Philaematomyia insignis, Austen - Number 54
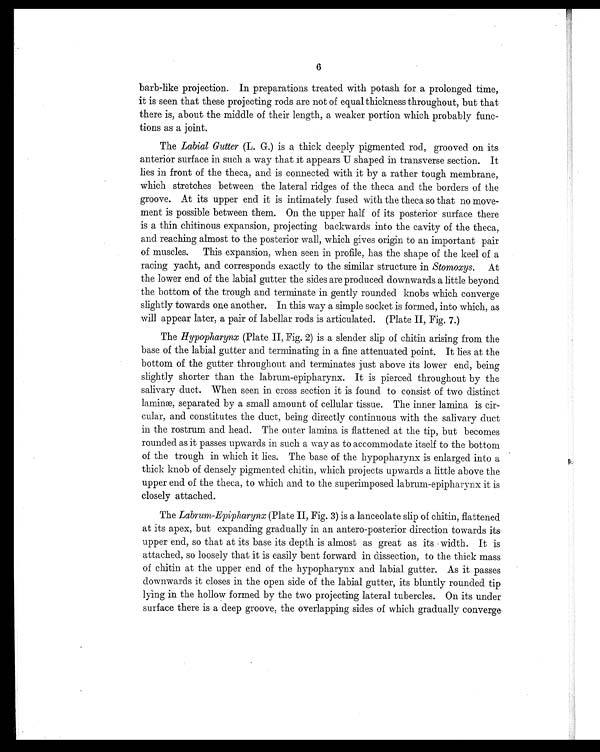
.
6
barb-like projection. In preparations treated with potash for a prolonged time,
it is seen that these projecting rods are not of equal thickness throughout, but that
there is, about the middle of their length, a weaker portion which probably func
tions as a joint.
The Labial Gutter (L. G.) is a thick deeply pigmented rod, grooved on its
anterior surface in such a way that it appears U shaped in transverse section. It
lies in front of the theca, and is connected with it by a rather tough membrane,
which stretches between the lateral ridges of the theca and the borders of the
groove. At its upper end it is intimately fused with the theca so that no move
- m e n t i s p o s s i b l e b e t w e e n t h e m . O n t h e u p p e r h a l f o f i t s p o s t e r i o r s u r f a c e t h e r e
is a thin chitinous expansion, projecting backwards into the cavity of the theca,
and reaching almost to the posterior wall, which gives origin to an important pair
of muscles. This expansion, when seen in profile, has the shape of the keel of a
racing yacht, and corresponds exactly to the similar structure in Stomoxys. At
the lower end of the labial gutter the sides are produced downwards a little beyond
the bottom of the trough and terminate in gently rounded knobs which converge
slightly towards one another. In this way a simple socket is formed, into which, as
will appear later, a pair of labellar rods is articulated. (Plate II, Fig. 7.)
The Hypopharynx (Plate II, Fig. 2) is a slender slip of chitin arising from the
base of the labial gutter and terminating in a fine attenuated point. It lies at the
bottom of the gutter throughout and terminates just above its lower end, being
slightly shorter than the labrum-epipharynx. It is pierced throughout by the
salivary duct. When seen in cross section it is found to consist of two distinct
laminæ, separated by a small amount of cellular tissue. The inner lamina is cir
- c u l a r , a n d c o n s t i t u t e s t h e d u c t , b e i n g d i r e c t l y c o n t i n u o u s w i t h t h e s a l i v a r y d u c t
in the rostrum and head. The outer lamina is flattened at the tip, but becomes
rounded as it passes upwards in such a way as to accommodate itself to the bottom
of the trough in which it lies. The base of the hypopharynx is enlarged into a
thick knob of densely pigmented chitin, which projects upwards a little above the
upper end of the theca, to which and to the superimposed labrum-epipharynx it is
closely attached.
The Labrum-Epipharynx (Plate II, Fig. 3) is a lanceolate slip of chitin, flattened
at its apex, but expanding gradually in an antero-posterior direction towards its
upper end, so that at its base its depth is almost as great as its width. It is
attached, so loosely that it is easily bent forward in dissection, to the thick mass
of chitin at the upper end of the hypopharynx and labial gutter. As it passes
downwards it closes in the open side of the labial gutter, its bluntly rounded tip
lying in the hollow formed by the two projecting lateral tubercles. On its under
surface there is a deep groove, the overlapping sides of which gradually converge